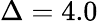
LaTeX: \Delta=4.0